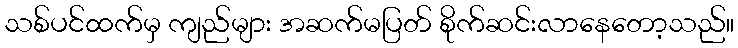
သစ်ပင်ထက်မှ ကျည်များ အဆက်မပြတ် စိုက်ဆင်းလာနေတော့သည်။